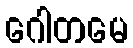
ဂေါတမေ